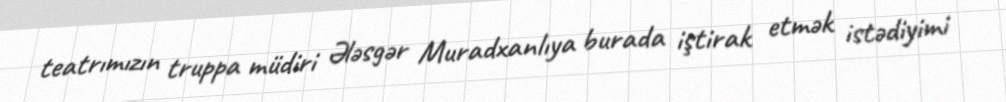
teatrımızın truppa müdiri Ələsgər Muradxanlıya burada iştirak etmək istədiyimi